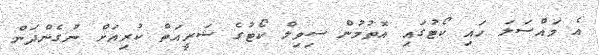
އެ މައްސަލަ ހައި ކޯޓުގައި އޮތުމުން ސިވިލް ކޯޓުގެ ޝަރީއަތް ކުރިއަށް ނުގެންދަން